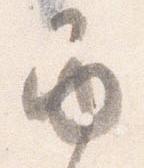
巻